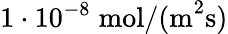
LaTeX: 1\cdot 10^{-8}\; \mathrm{mol/(m}^{2}\mathrm{s})